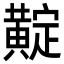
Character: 𪏉